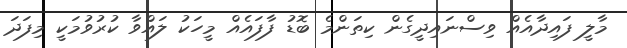
މާލީ ފައިދާއެއް ވިސްނައިދީގެން ކިތަންމެ ބޮޑު ފާފައެއް މީހަކު ލައްވާ ކުރުވުމަކީ މިފަދަ